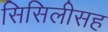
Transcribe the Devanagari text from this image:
सिसिलीसह